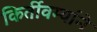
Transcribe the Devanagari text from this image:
किर्तीवर्म्याने